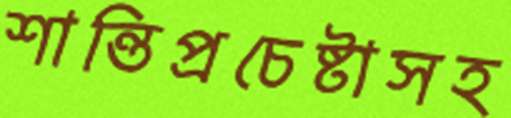
শান্তিপ্রচেষ্টাসহ